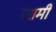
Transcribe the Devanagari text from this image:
रशमी